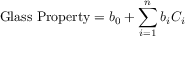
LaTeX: { \mathrm { G l a s s ~ P r o p e r t y } } = b _ { 0 } + \sum _ { i = 1 } ^ { n } b _ { i } C _ { i }